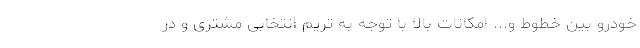
خودرو بین خطوط و... امکانات بالا با توجه به تریم انتخابی مشتری و در